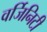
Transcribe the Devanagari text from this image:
वर्जिनिटी